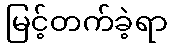
မြင့်တက်ခဲ့ရာ